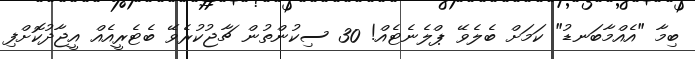
ބިމާ "އެއްމާބަނޑު" ކަމަށް ބެލެވޭ ޕްލެނެޓެއް! 30 ސިކުންތުން ޗާޖުކުރެވޭ ބެޓެރީއެއް އީޖާދުކޮށްފި